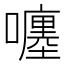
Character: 𡃚